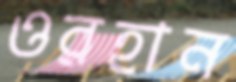
ওরহান